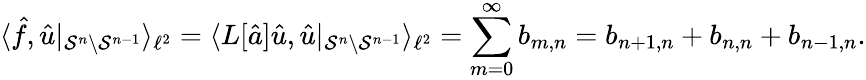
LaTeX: \langle\hat{f},\hat{u}\rvert_{\mathcal{S}^{n}\setminus\mathcal{S}^{n-1}}\rangle_{\ell^{2}}=\langle L[\hat{a}]\hat{u},\hat{u}\rvert_{\mathcal{S}^{n}\setminus\mathcal{S}^{n-1}}\rangle_{\ell^{2}}=\sum_{m=0}^{\infty}b_{m,n}=b_{n+1,n}+b_{n,n}+b_{n-1,n}.